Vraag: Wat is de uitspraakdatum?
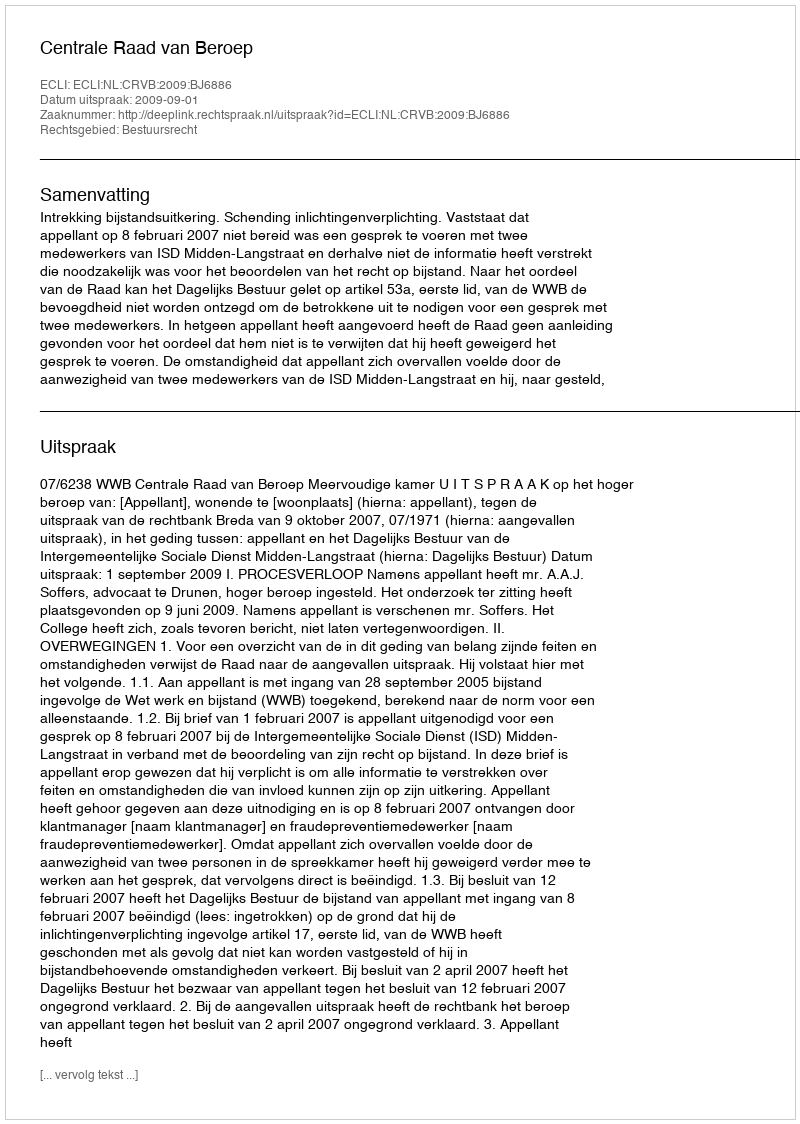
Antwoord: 2009-09-01